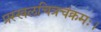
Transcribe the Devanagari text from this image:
प्रस्खलचित्रचंक्रमः।